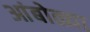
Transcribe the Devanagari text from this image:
आंबोळ्या